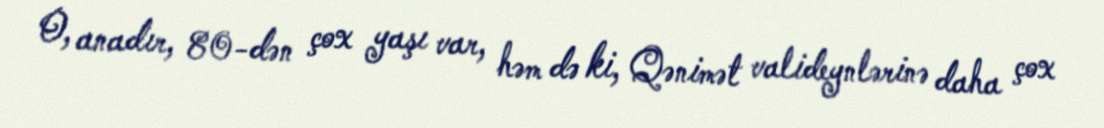
O, anadır, 80-dən çox yaşı var, həm də ki, Qənimət valideynlərinə daha çox